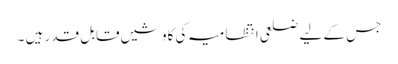
جس کے لیے ضلعی انتظامیہ کی کاوشیں قابل قدر ہیں ۔